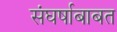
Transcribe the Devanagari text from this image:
संघर्षाबाबत